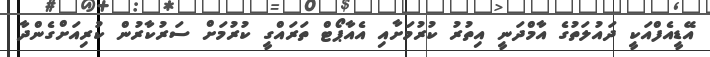
އޭޑީއެފްއަކީ ދައުލަތުގެ އާމްދަނީ އިތުރު ކުރުމަށާއި އެއާޕޯޓް ތަރައްގީ ކުރުމަށް ސަރުކާރުން ކުރިއަށްގެންދާ